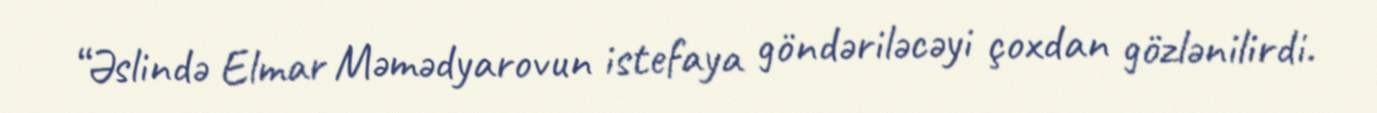
“Əslində Elmar Məmədyarovun istefaya göndəriləcəyi çoxdan gözlənilirdi.